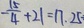
- \frac { 1 5 } { 4 } + 2 1 = 1 7 . 2 5